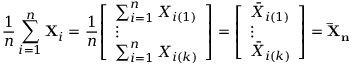
{ \frac { 1 } { n } } \sum _ { i = 1 } ^ { n } \mathbf { X } _ { i } = { \frac { 1 } { n } } { \left[ \begin{array} { l } { \sum _ { i = 1 } ^ { n } X _ { i ( 1 ) } } \\ { \vdots } \\ { \sum _ { i = 1 } ^ { n } X _ { i ( k ) } } \end{array} \right] } = { \left[ \begin{array} { l } { { \bar { X } } _ { i ( 1 ) } } \\ { \vdots } \\ { { \bar { X } } _ { i ( k ) } } \end{array} \right] } = \mathbf { { \bar { X } } _ { n } }